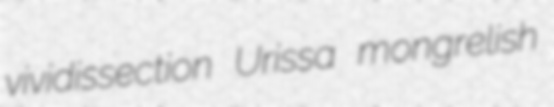
vividissection Urissa mongrelish